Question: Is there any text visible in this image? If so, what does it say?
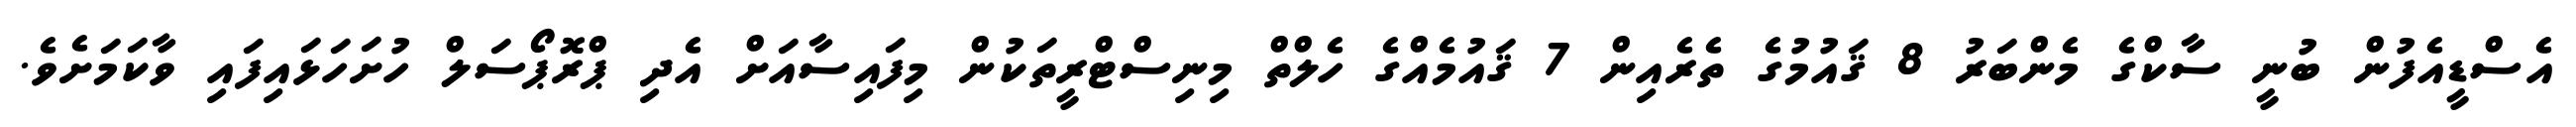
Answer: އެސްޑީއެފުން ބުނީ ސާކްގެ މެންބަރު 8 ޤައުމުގެ ތެރެއިން 7 ޤައުމެއްގެ ހެލްތް މިނިސްޓްރީތަކުން މިފައިސާއަށް އެދި ޕްރޮޕޯސަލް ހުށަހަޅައިފައި ވާކަމަށެވެ.